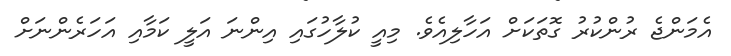
އެމަންޖެ ރުންކުރު ގޮތަކަށް އަހާލިއެވެ. މިއީ ކުލާހުގައި އިންނަ އަލީ ކަމާއި އަހަރެންނަށް